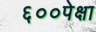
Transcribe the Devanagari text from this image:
६००पेक्षा